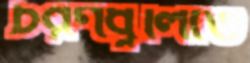
চরণধূলিতে